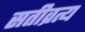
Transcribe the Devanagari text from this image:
सतीव्रत्य